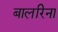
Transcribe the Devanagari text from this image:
बालरिना